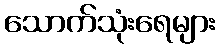
သောက်သုံးရေများ